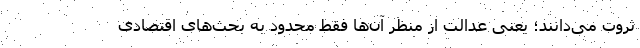
ثروت می‌دانند؛ یعنی عدالت از منظر آن‌ها فقط محدود به بحث‌های اقتصادی